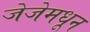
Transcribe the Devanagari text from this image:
जेजेमधून